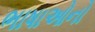
ભાષાઓનો